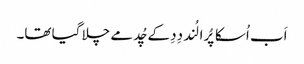
اَب اُسکا پُرا لُند دِدِ کے چُد مے چلا گیا تھا۔